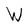
Character: W